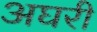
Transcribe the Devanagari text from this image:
अघरी